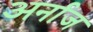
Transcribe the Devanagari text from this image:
अर्नाज